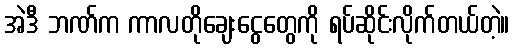
အဲဒီ ဘဏ်က ကာလတိုချေးငွေတွေကို ရပ်ဆိုင်းလိုက်တယ်တဲ့။